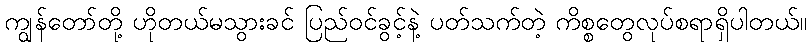
ကျွန်တော်တို့ ဟိုတယ်မသွားခင် ပြည်ဝင်ခွင့်နဲ့ ပတ်သက်တဲ့ ကိစ္စတွေလုပ်စရာရှိပါတယ်။